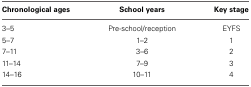
| Chronological ages | School years | Key stage |
 | --- | --- | --- |
 | 3–5 | Pre-school/reception | EYFS |
 | 5–7 | 1–2 | 1 |
 | 7–11 | 3–6 | 2 |
 | 11–14 | 7–9 | 3 |
 | 14–16 | 10–11 | 4 |